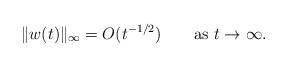
LaTeX: \begin{align*}\|w(t)\|_\infty=O(t^{-1/2})\qquad\mbox{as $t\to\infty$}.\end{align*}